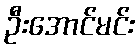
ဦးအောင်မင်း